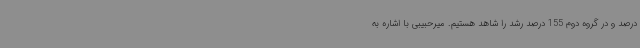
درصد و در گروه دوم 155 درصد رشد را شاهد هستیم. میرحبیبی با اشاره به